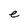
Character: e